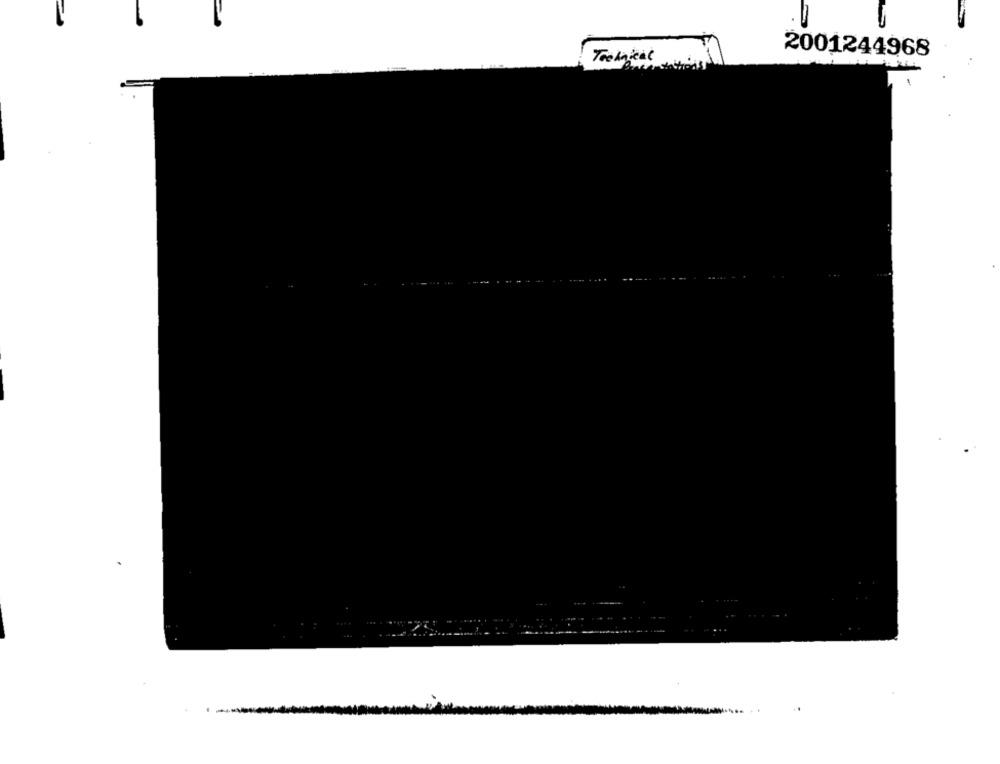
2001244968
Technical